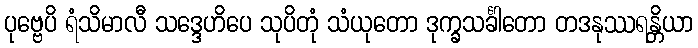
ပုဗ္ဗေပိ ရံသိမာလီ သဒ္ဒေဟိပေ သုပိတုံ သံယုတော ဒုက္ခသင်္ခါတော တဒနုဿရန္တိယာ